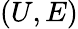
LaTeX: (U,E)